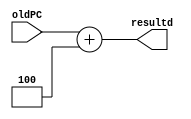


module PCadder(resultd, oldPC);
	input [31:0] oldPC;
	output [31:0] resultd;
	assign resultd = oldPC + 4;
endmodule